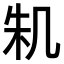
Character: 𠙎